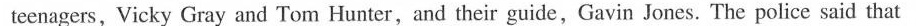
teenagers, Vicky Gray and Tom Hunter, and their guide, Gavin Jones. The police said that